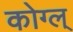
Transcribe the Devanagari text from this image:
कोग्ल्